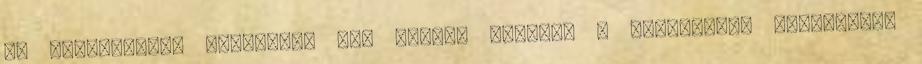
és Outsourcing Szövetség HOA elnöke szerint a befektetők legnagyobb